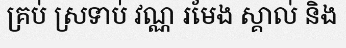
គ្រប់ ស្រទាប់ វណ្ណ រមែង ស្គាល់ និង